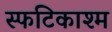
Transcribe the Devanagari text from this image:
स्फटिकाश्म